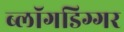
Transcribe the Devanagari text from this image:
ब्लॉगडिग्गर